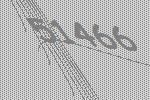
51466